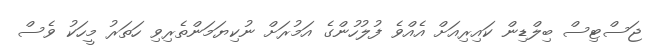
ޖަސްޓިސް ބިލްޑިން ކައިރިއަށް އެއްވެ ފުލުހުންގެ އަމުރަށް ނުކިޔަމަންތެރިވި ހަތަރު މީހަކު ވެސް